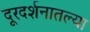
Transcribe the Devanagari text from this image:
दूरदर्शनातल्या